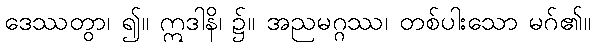
ဒေဿတွာ၊ ၍။ ဣဒါနိ၊ ၌။ အညမဂ္ဂဿ၊ တစ်ပါးသော မဂ်၏။